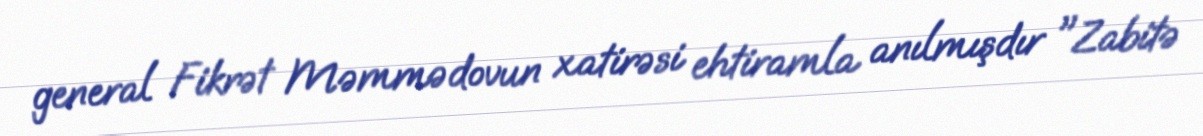
general Fikrət Məmmədovun xatirəsi ehtiramla anılmışdır "Zabitə